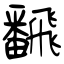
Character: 飜